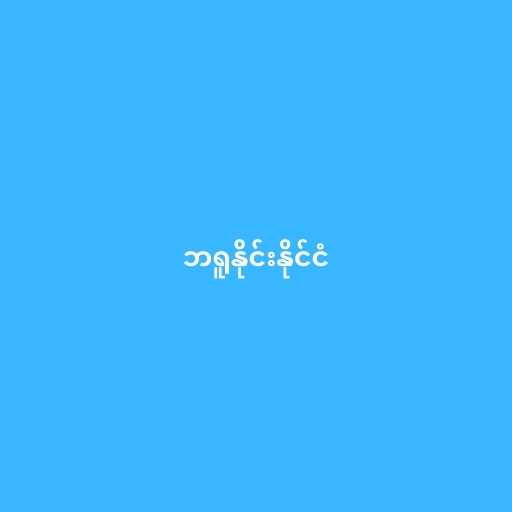
ဘရူနိုင်းနိုင်ငံ